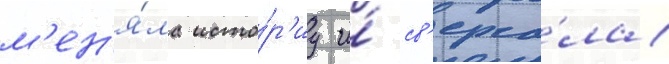
м'ен'я́ла исто́р'иу и́ св'ерга́ла